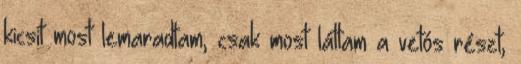
kicsit most lemaradtam, csak most láttam a vetós részt,